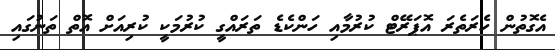
އެގޮތުން ހެރަތެރަ އޮޕަރޭޓް ކުރުމާއި ހަންކެޑެ ތަރައްގީ ކުރުމަކީ ކުރިއަށް އޮތް ތަނުގައި